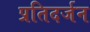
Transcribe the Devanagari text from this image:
प्रतिदर्जन